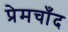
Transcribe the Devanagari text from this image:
प्रेमचाँद